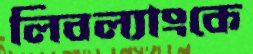
লিবল্যাংকে